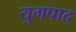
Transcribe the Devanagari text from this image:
युगपाद